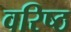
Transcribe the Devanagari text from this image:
वरिष्‍ठ